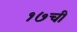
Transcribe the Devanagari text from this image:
१७ची